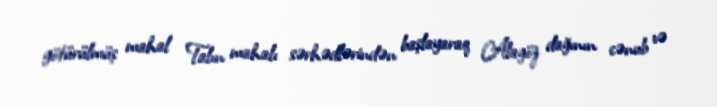
götürülmüş mahal Talın mahalı sərhədlərindən başlayaraq Alagöz dağının cənub və